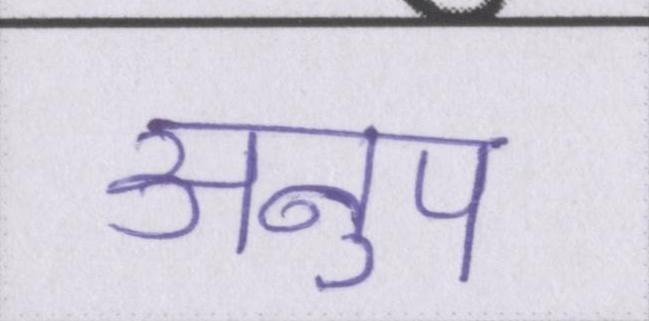
अनुप